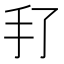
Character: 𰒻